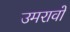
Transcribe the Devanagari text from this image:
उमरावों